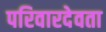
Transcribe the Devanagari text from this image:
परिवारदेवता